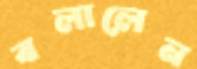
বলালেন